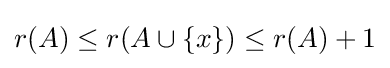
r(A)\leq r(A\cup \{x\})\leq r(A)+1